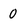
Character: 0